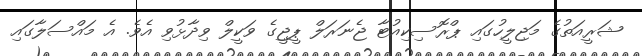
ޝަރީއަތުގެ މަޖިލީހުގައި ޕްރޮސިކިއުޓާ ޖެނަރަލް ޕީޖީގެ ވަކީލް ވިދާޅުވި އެވެ. އެ މައްސަލާގައި